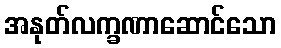
အနုတ်လက္ခဏာဆောင်သော